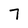
Character: 7